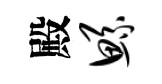
殿鲧